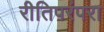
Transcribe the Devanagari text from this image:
रीतिपरंपरा